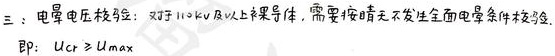
三、电晕电压校验：对于 110kV 及以上裸导体，需要按晴天不发生全面电晕条件校验。
即：$U_{cr}\geq U_{max}$